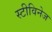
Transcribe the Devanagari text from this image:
स्टीविनेज